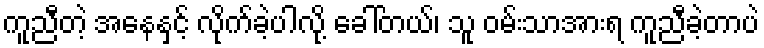
ကူညီတဲ့ အနေနှင့် လိုက်ခဲ့ပါလို့ ခေါ်တယ်၊ သူ ဝမ်းသာအားရ ကူညီခဲ့တာပဲ